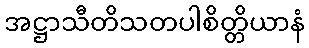
အဋ္ဌာသီတိသတပါစိတ္တိယာနံ